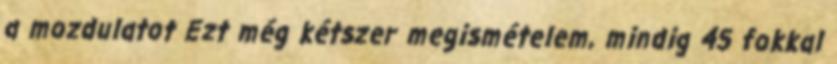
a mozdulatot Ezt még kétszer megismételem, mindig 45 fokkal